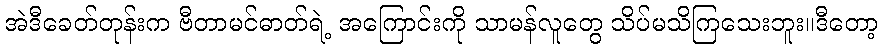
အဲဒီခေတ်တုန်းက ဗီတာမင်ဓာတ်ရဲ့ အကြောင်းကို သာမန်လူတွေ သိပ်မသိကြသေးဘူး။ဒီတော့